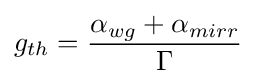
g_{th}={\frac {\alpha _{wg}+\alpha _{mirr}}{\Gamma }}